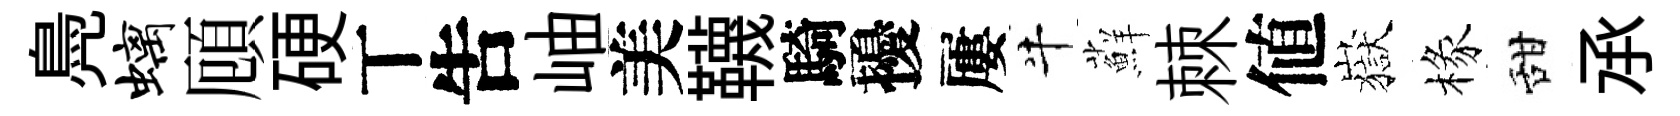
鳧螭頋硬丅吿岫美韈騎擾屢牛蘚棘値嶽椽甜𠄘